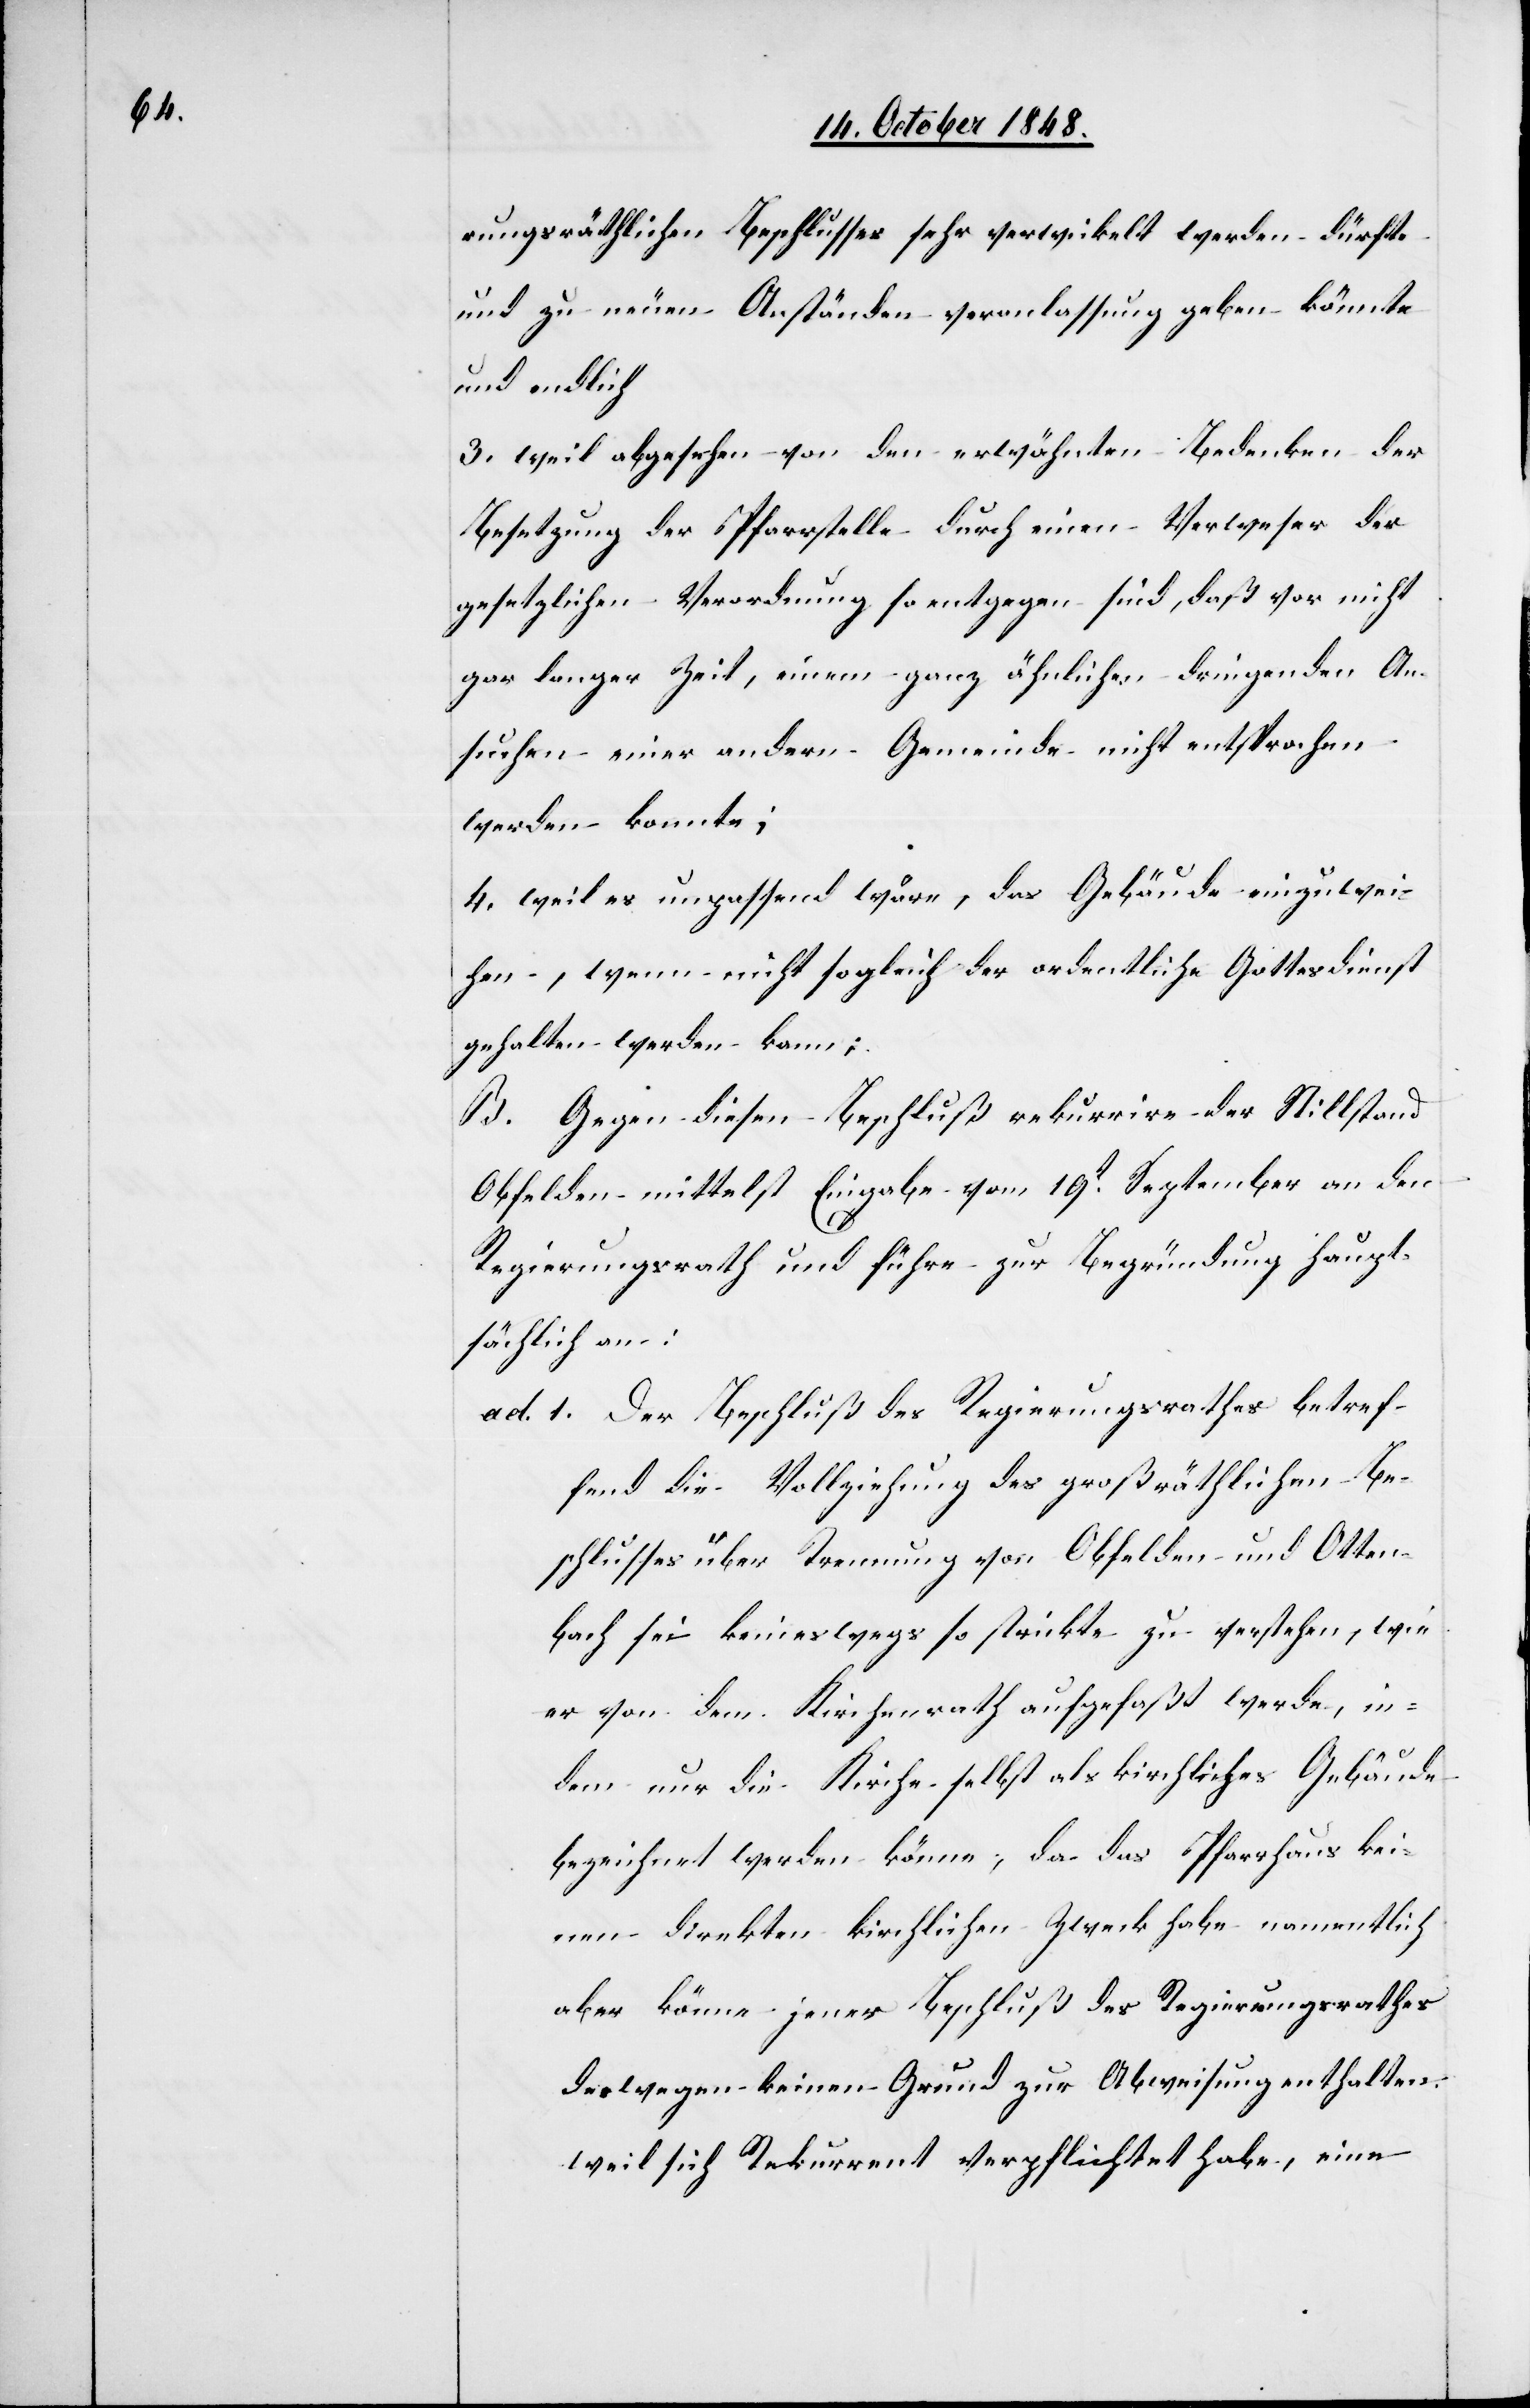
rungsräthlichen Beschlusses sehr verwikelt werden dürfte
und zu neuen Anständen Veranlassung geben könnte
und endlich
3. weil abgesehen von den erwähnten Bedenken der
Besetzung der Pfarrstelle durch einen Verweser der
gesetzlichen Verordnung so entgegen sind, daß vor nicht
gar langer Zeit, einem ganz ähnlichen dringenden An¬
suchen einer andern Gemeinde nicht entsprochen
werden konnte;
4. weil es unpassend wäre, das Gebäude einzuwei¬
hen, wenn nicht sogleich der ordentliche Gottesdienst
gehalten werden kann;
B. Gegen diesen Beschluß rekurrire der Stillstand
Obfelden mittelst Eingabe vom 19t September an den
Regierungsrath und führe zur Begründung haupt¬
sächlich an:
ad 1. Der Beschluß des Regierungsrathes betref¬
fend die Vollziehung des großräthlichen Be¬
schlusses über Trennung von Obfelden und Otten¬
bach sei keineswegs so strickte zu verstehen, wie
er von dem Kirchenrath aufgefaßt werde, in¬
dem nur die Kirche selbst als kirchliches Gebäude
bezeichnet werden könne, da das Pfarrhaus kei¬
nen direkten kirchlichen Zweck habe namentlich
aber könne jener Beschluß des Regierungsrathes
deswegen keinen Grund zur Abweisung enthalten,
weil sich Rekurrent verpflichtet habe, eine